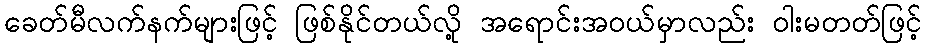
ခေတ်မီလက်နက်များဖြင့် ဖြစ်နိုင်တယ်လို့ အရောင်းအဝယ်မှာလည်း ဝါးမတတ်ဖြင့်